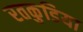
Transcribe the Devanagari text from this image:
रतकुडिया